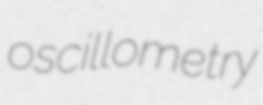
oscillometry